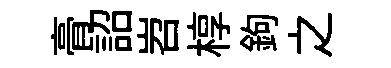
𮌔詔岧椁鉤之